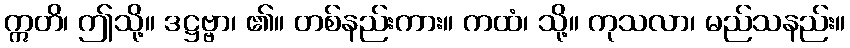
ဣတိ၊ ဤသို့။ ဒဋ္ဌဗ္ဗာ၊ ၏။ တစ်နည်းကား။ ကထံ၊ သို့။ ကုသလာ၊ မည်သနည်း။